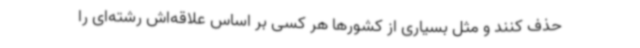
حذف کنند و مثل بسیاری از کشورها هر کسی بر اساس علاقه‌اش رشته‌ای را